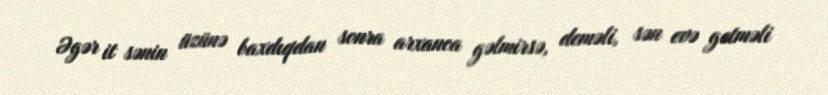
Əgər it sənin üzünə baxdıqdan sonra arxanca gəlmirsə, deməli, sən evə getməli